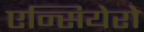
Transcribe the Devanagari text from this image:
एन्सियेरो